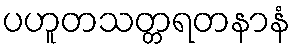
ပဟူတသတ္တရတနာနံ